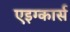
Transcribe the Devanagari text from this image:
एइग्कार्स